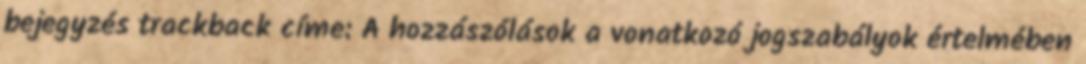
bejegyzés trackback címe: A hozzászólások a vonatkozó jogszabályok értelmében